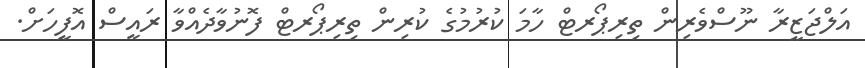
އަލްޖަޒީރާ ނޫސްވެރިން ތިިރިޕޯރޓް ހާމަ ކުުރުމުގެ ކުރިން ތިރިޕޯރޓް ފޮނުވާދެއްވާ ރައީސް އޮފީހަށް.